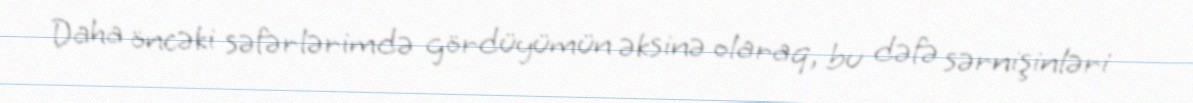
Daha öncəki səfərlərimdə gördüyümün əksinə olaraq, bu dəfə sərnişinləri